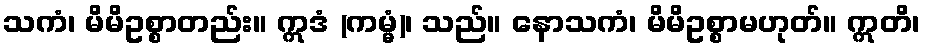
သကံ၊ မိမိဥစ္စာတည်း။ ဣဒံ (ကမ္မံ)၊ သည်။ နောသကံ၊ မိမိဥစ္စာမဟုတ်။ ဣတိ၊